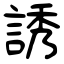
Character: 誘